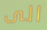
الى